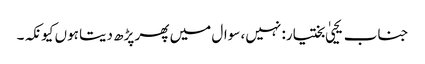
جناب یحییٰ بختیار: نہیں، سوال میں پھر پڑھ دیتا ہوں کیونکہ۔